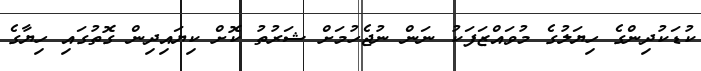
ކުޑަކުދިންގެ ހިޔަލުގެ މުވައްޒަފަކު ނަން ނުޖެހުމަށް ޝަރުތު ކޮށް ކިޔައިދިން ގޮތުގައި ހިޔާގެ